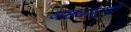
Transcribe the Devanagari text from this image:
अष्टधातूची